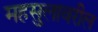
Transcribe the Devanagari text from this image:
महसुलावरील